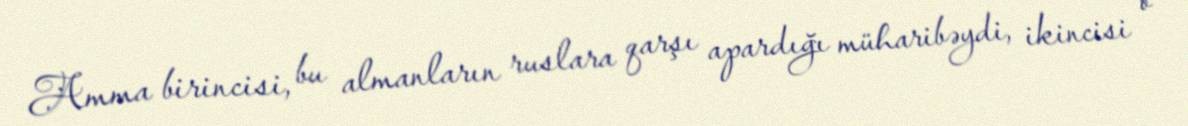
Amma birincisi, bu almanların ruslara qarşı apardığı müharibəydi, ikincisi o